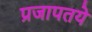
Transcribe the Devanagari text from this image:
प्रजापतये